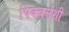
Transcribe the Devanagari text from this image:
पिक्चर्सशी